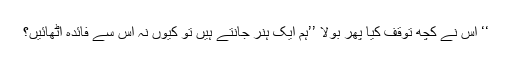
‘‘ اس نے کچھ توقف کیا پھر بولا ’’ہم ایک ہنر جانتے ہیں تو کیوں نہ اس سے فائدہ اٹھائیں؟